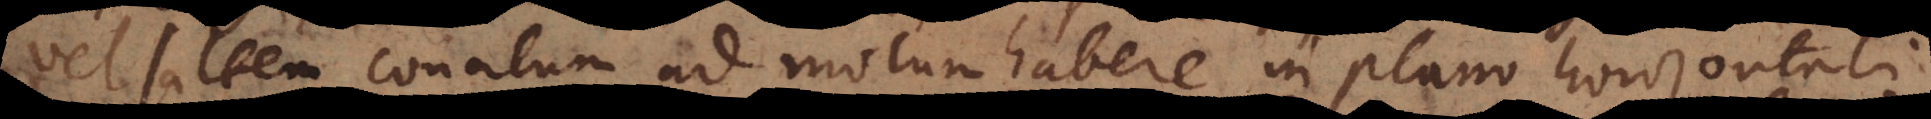
vel saltem conatum ad motum habere in plano horizontali